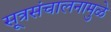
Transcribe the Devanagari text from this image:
सूत्रसंचालनामुळे